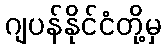
ဂျပန်နိုင်ငံတို့မှ